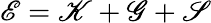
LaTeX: \mathscr{E}=\mathscr{K}+\mathscr{G}+\mathscr{S}